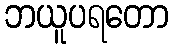
ဘယူပရတော